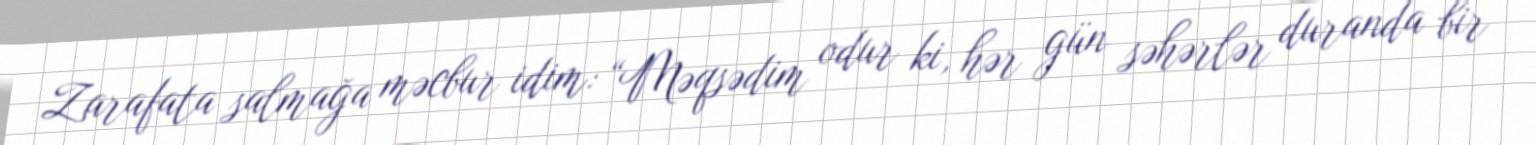
Zarafata salmağa məcbur idim: “Məqsədim odur ki, hər gün səhərlər duranda bir